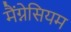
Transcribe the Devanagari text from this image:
मैंग्नेसियम